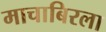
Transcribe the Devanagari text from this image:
माचाबिरला